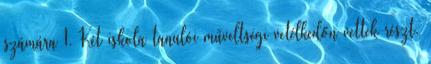
számára 1. Két iskola tanulói műveltségi vetélkedőn vettek részt.